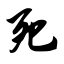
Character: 死